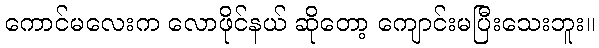
ကောင်မလေးက လောဖိုင်နယ် ဆိုတော့ ကျောင်းမပြီးသေးဘူး။